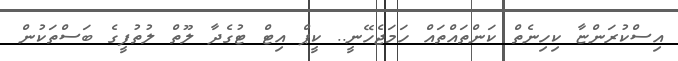
އިސްކުރަންޏާ ކިހިނެތް ކަންތައްތައް ހަމަޖެހޭނީ.. ކީޕް އިޓް ޓުގެދާ ލޫތް ލުތުފީގެ ބަސްތަކުން